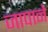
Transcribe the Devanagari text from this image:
जापाने